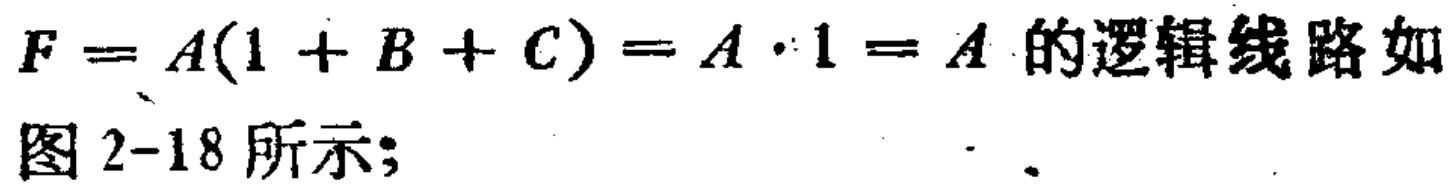
\(F = A(1 + B + C) = A\cdot1 = A\)的逻辑线路如图2-18所示；